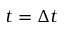
t = \Delta t